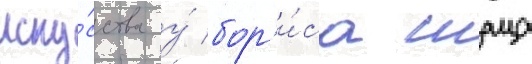
иску́сства у́ бор'и́са шаца